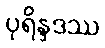
ပုရိန္ဒဒဿ